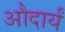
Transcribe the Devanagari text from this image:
औदार्यं